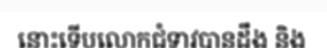
នោះទើបលោកជំទាវបានដឹង និង